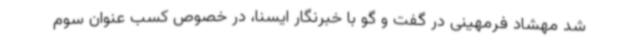
شد مهشاد فرمهینی در گفت و گو با خبرنگار ایسنا، در خصوص کسب عنوان سوم